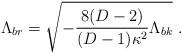
LaTeX: \begin{align*}\Lambda_{br}=\sqrt{-\frac{8(D-2)}{(D-1)\kappa^2} \Lambda_{bk}}\ .\end{align*}